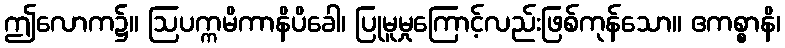
ဤလောက၌။ ဩပက္ကမိကာနိပိခေါ၊ ပြုမူမှုကြောင့်လည်းဖြစ်ကုန်သော။ ဧကစ္စာနိ၊